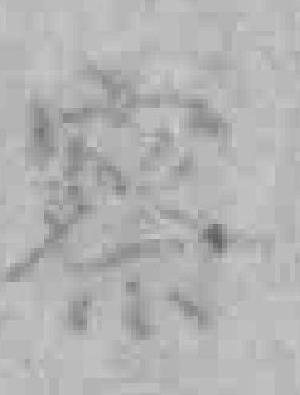
察